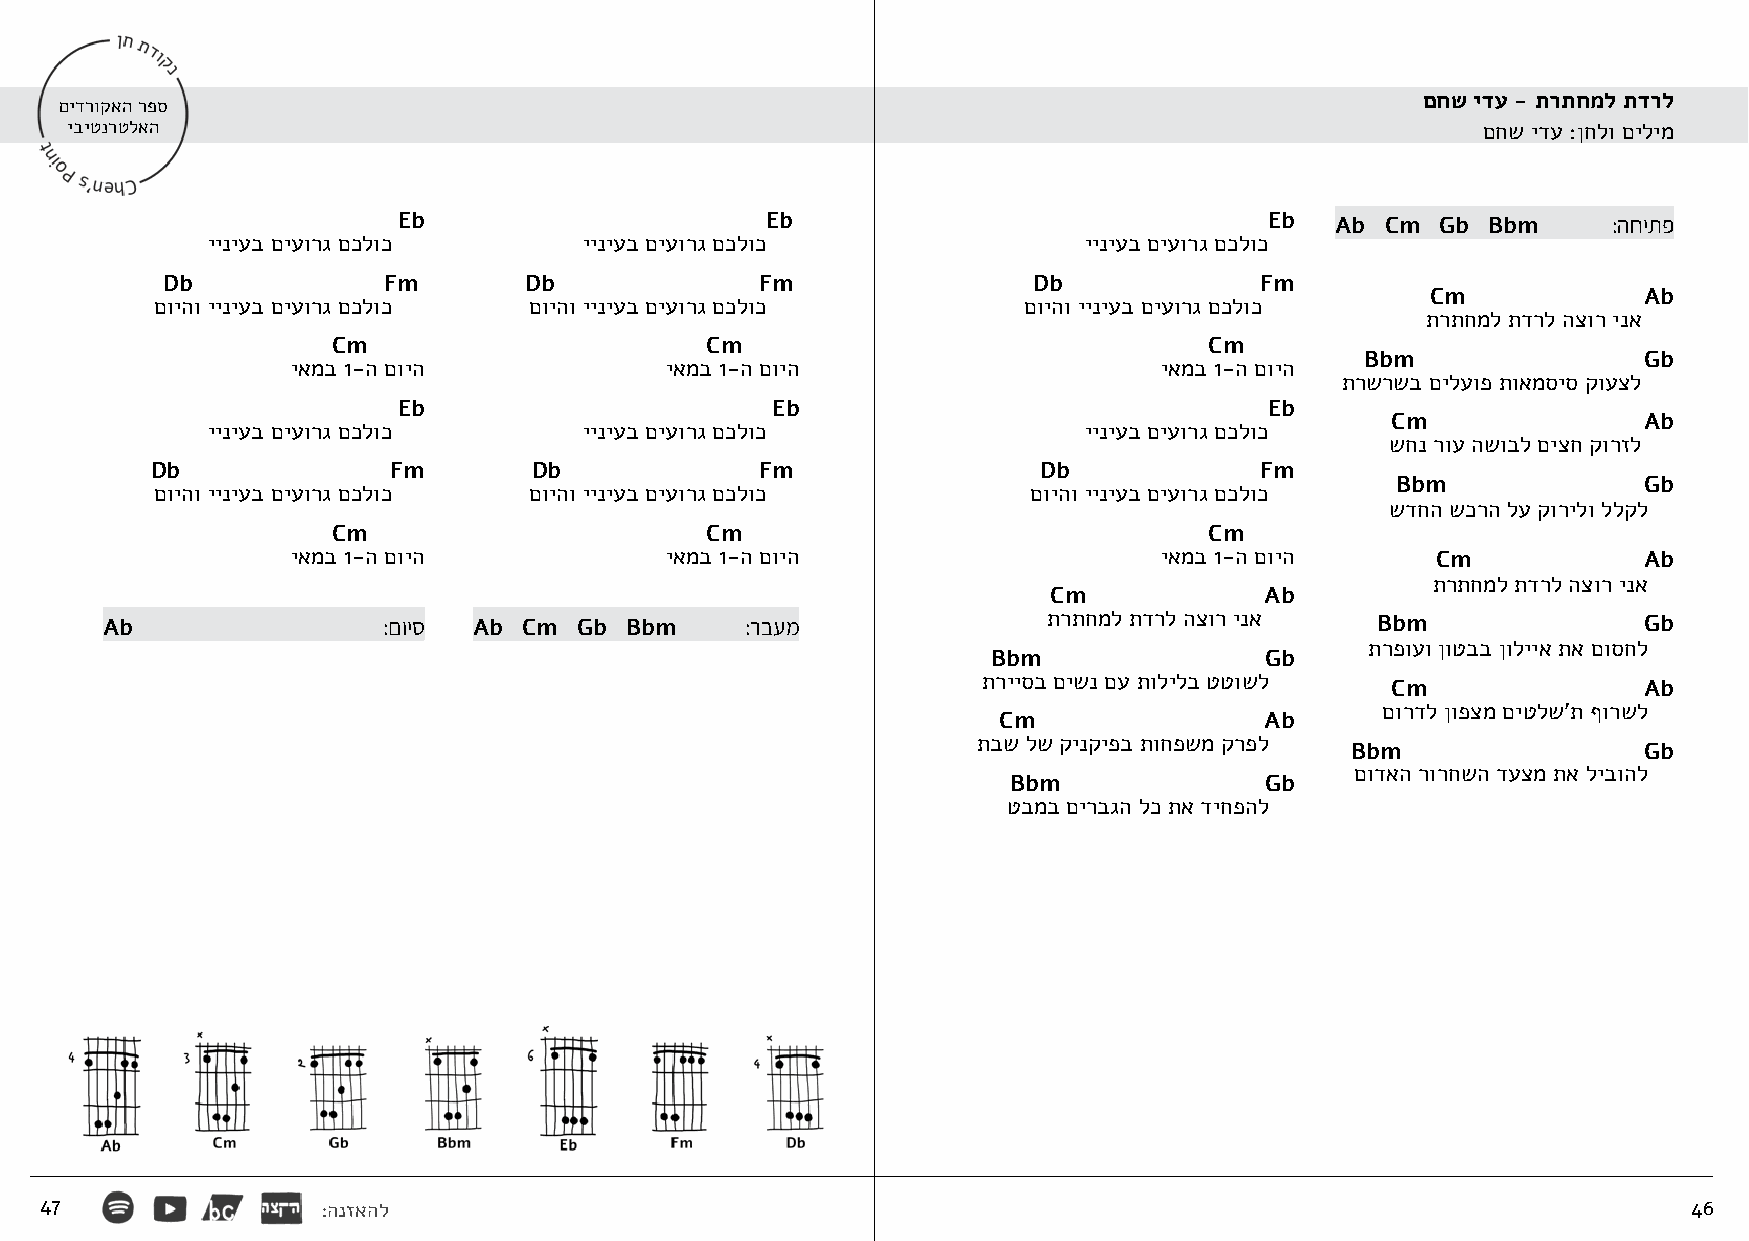
םחש ידע - תרתחמל תדרל
 םידרוקאה רפס
 יביטנרטלאה                                                                                    םחש ידע :ןחלו םילימ
 Eb                       Eb                               Eb  Ab  Cm Gb Bbm      :החיתפ
 ייניעב םיעורג םכלוכ      ייניעב םיעורג םכלוכ              ייניעב םיעורג םכלוכ
 Db            Fm        Db             Fm                Db             Fm
 Cm            Ab
 םויהו ייניעב םיעורג םכלוכ םויהו ייניעב םיעורג םכלוכ       םויהו ייניעב םיעורג םכלוכ
 תרתחמל תדרל הצור ינא
 Cm                       Cm                               Cm
 Bbm                Gb
 יאמב 1-ה םויה            יאמב 1-ה םויה                    יאמב 1-ה םויה
 תרשרשב םילעופ תואמסיס קועצל
 Eb                       Eb                               Eb
 Cm               Ab
 ייניעב םיעורג םכלוכ      ייניעב םיעורג םכלוכ              ייניעב םיעורג םכלוכ
 שחנ רוע השובל םיצח קורזל
 Db              Fm       Db             Fm                 Db            Fm
 Bbm              Gb
 םויהו ייניעב םיעורג םכלוכ םויהו ייניעב םיעורג םכלוכ       םויהו ייניעב םיעורג םכלוכ
 שדחה שכרה לע קורילו ללקל
 Cm                       Cm                               Cm
 יאמב 1-ה םויה            יאמב 1-ה םויה                    יאמב 1-ה םויה     Cm            Ab
 תרתחמל תדרל הצור ינא
 Cm            Ab
 Ab                :םויס Ab  Cm Gb Bbm     :רבעמ               תרתחמל תדרל הצור ינא  Bbm               Gb
 תרפועו ןוטבב ןולייא תא םוסחל
 Bbm               Gb
 תרייסב םישנ םע תולילב טטושל
 Cm               Ab
 םורדל ןופצמ םיטלש'ת ףורשל
 Cm                Ab
 תבש לש קינקיפב תוחפשמ קרפל
 Bbm                 Gb
 םודאה רורחשה דעצמ תא ליבוהל
 Bbm              Gb
 טבמב םירבגה לכ תא דיחפהל
 47                :הנזאהל                                                                                    46